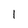
Character: 1